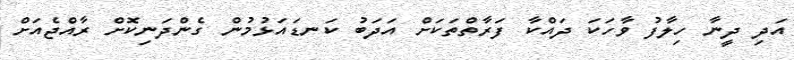
އަދި ދީނާ ހިލާފު ވާހަކަ ދައްކާ ފަރާތްތަކަށް އަދަބު ކަނޑައަޅުމުން ގެންދަނިކޮށް ރާއްޖެއަށް